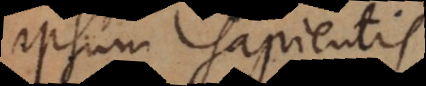
ipsum sapientis